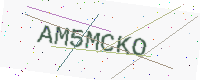
Text: AM5MCKO